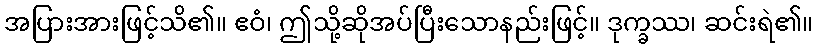
အပြားအားဖြင့်သိ၏။ ဧဝံ၊ ဤသို့ဆိုအပ်ပြီးသောနည်းဖြင့်။ ဒုက္ခဿ၊ ဆင်းရဲ၏။